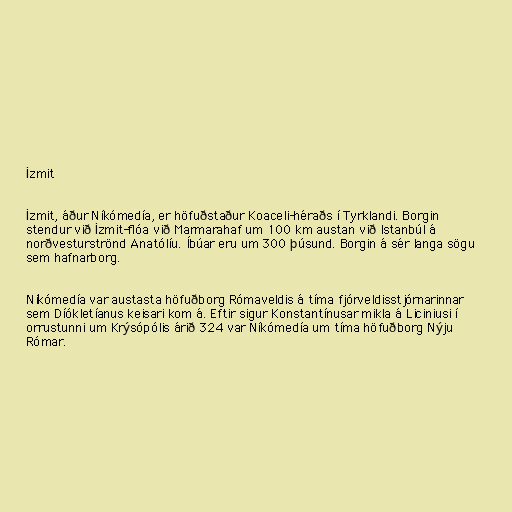
İzmit

İzmit, áður Níkómedía, er höfuðstaður Koaceli-héraðs í Tyrklandi. Borgin
stendur við İzmit-flóa við Marmarahaf um 100 km austan við Istanbúl á
norðvesturströnd Anatólíu. Íbúar eru um 300 þúsund. Borgin á sér langa sögu
sem hafnarborg.

Níkómedía var austasta höfuðborg Rómaveldis á tíma fjórveldisstjórnarinnar
sem Díókletíanus keisari kom á. Eftir sigur Konstantínusar mikla á Liciniusi í
orrustunni um Krýsópólis árið 324 var Níkómedía um tíma höfuðborg Nýju
Rómar.